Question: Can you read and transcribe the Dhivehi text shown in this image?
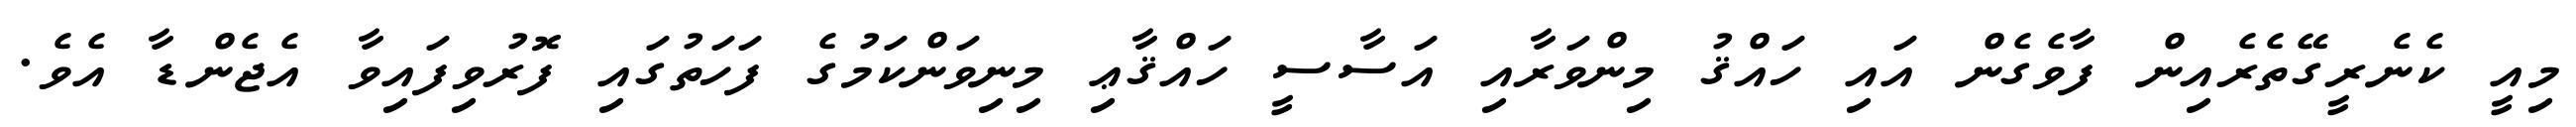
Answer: މިއީ ކެނެރީގޭތެރެއިން ފާވެގެން އައި ހައްޤު މިންވަރާއި އަސާސީ ހައްޤާޢި މިނިވަންކަމުގެ ފަހަތުގައި ފޮރުވިފައިވާ އެޖެންޑާ އެވެ.